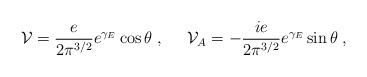
LaTeX: \begin{align*}{\cal V}=\frac{e}{2\pi^{3/2}}e^{\gamma_E}\cos\theta\; ,\;\;\;\;\; {\cal V}_A=-\frac{ie}{2\pi^{3/2}}e^{\gamma_E}\sin\theta \; ,\end{align*}